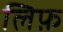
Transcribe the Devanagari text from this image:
लिफ़